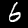
Digit: 6